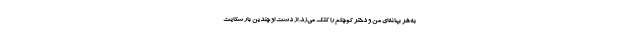
به‌هر بهانه‌ای من و دختر کوچکم را کتک می‌زد. از دست او چندین بار شکایت